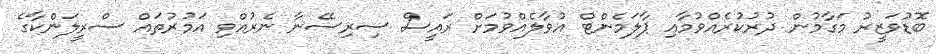
ބޮޑުވަޒީރު މަގާމުން ދުރުކުރެއްވުމާއި ޕާލަމެންޓް އުވާލެއްވުމަށް ރައީސް ސިރިސޭނާ ނެރުއްވި އަމުރުތައް ސްރީލަންކާގެ